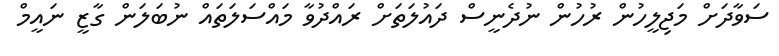
ސަވާދަށް މަޖިލީހުން ރުހުން ނުދެނީސް ދައުލަތަށް ރައްދުވާ މައްސަލަތައް ނުބަލަން ގާޒީ ނައީމް